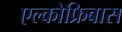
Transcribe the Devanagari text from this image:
एल्कोफ्रिबास